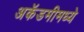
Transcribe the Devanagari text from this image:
अकॅडमीमध्ये